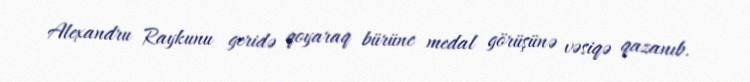
Alexandru Raykunu geridə qoyaraq bürünc medal görüşünə vəsiqə qazanıb.